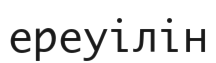
ереуілін